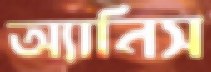
অ্যানিস